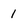
Character: 1